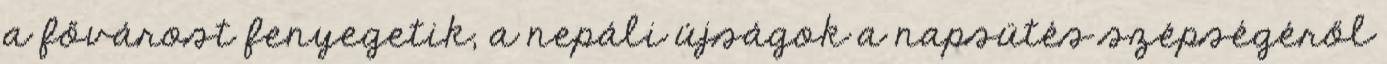
a fővárost fenyegetik, a nepáli újságok a napsütés szépségéről